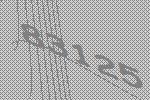
83125